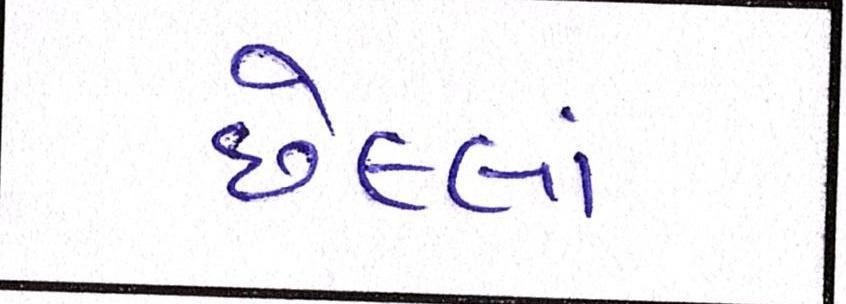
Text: છેલ્લાં